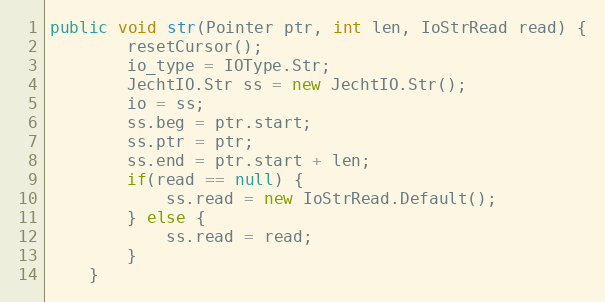
Language: Java
public void str(Pointer ptr, int len, IoStrRead read) {
        resetCursor();
        io_type = IOType.Str;
        JechtIO.Str ss = new JechtIO.Str();
        io = ss;
        ss.beg = ptr.start;
        ss.ptr = ptr;
        ss.end = ptr.start + len;
        if(read == null) {
            ss.read = new IoStrRead.Default();
        } else {
            ss.read = read;
        }
    }